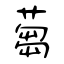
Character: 蒭